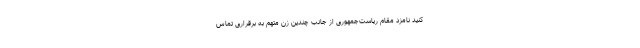
کنید نامزد مقام ریاست‌جمهوری از‌ جانب چندین زن متهم به برقراری تماس